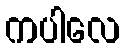
ကပါလေ